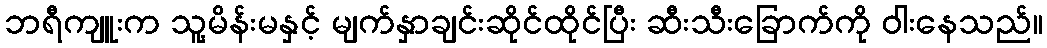
ဘရီကျူးက သူ့မိန်းမနှင့် မျက်နှာချင်းဆိုင်ထိုင်ပြီး ဆီးသီးခြောက်ကို ဝါးနေသည်။